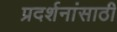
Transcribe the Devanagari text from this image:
प्रदर्शनांसाठी